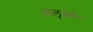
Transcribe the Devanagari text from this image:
आलूबरी